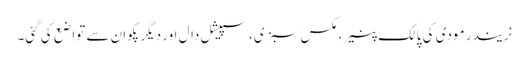
نریندر مودی کی پالک پنیر، مکس سبزی، سپیشل دال اور دیگرپکوان سے تواضع کی گئی۔